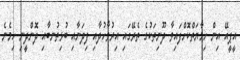
އީޕީއޭ އިން ހިމާޔަތްކޮށްފައިވާ ދޫނިތަކުގެ ތެރޭގައި އިރުވާހުދާއި ފިދަނާއި ބުޅިތުނބާއި ދޮންދީނި ހިމެނެ